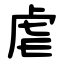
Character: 虐